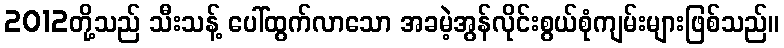
2012တို့သည် သီးသန့် ပေါ်ထွက်လာသော အခမဲ့အွန်လိုင်းစွယ်စုံကျမ်းများဖြစ်သည်။